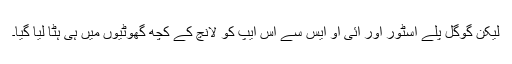
لیکن گوگل پلے اسٹور اور آئی او ایس سے اس ایپ کو لانچ کے کچھ گھوٹیوں میں ہی ہٹا لیا گیا۔